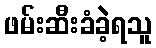
ဖမ်းဆီးခံခဲ့ရသူ